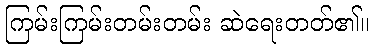
ကြမ်းကြမ်းတမ်းတမ်း ဆဲရေးတတ်၏။